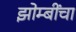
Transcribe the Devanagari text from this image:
झोम्बींचा